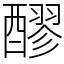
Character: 醪